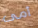
أمى